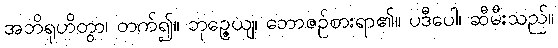
အဘိရုဟိတွာ၊ တက်၍။ ဘုဉ္ဇေယျ၊ ဘောဇဉ်စားရာ၏။ ပဒီပေါ၊ ဆီမီးသည်။